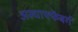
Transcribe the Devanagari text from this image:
अस्चाफ्फेंबर्ग